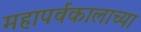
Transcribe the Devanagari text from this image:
महापर्वकालाच्या